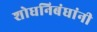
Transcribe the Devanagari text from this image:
शोधनिबंधांनी